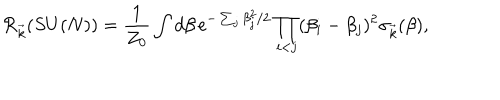
{ \cal R } _ { \vec { k } } ( S U ( N ) ) = { \frac { 1 } { Z _ { 0 } } } \int d \beta \, \mathrm { e } ^ { - \sum _ { j } \beta _ { j } ^ { 2 } / 2 } \prod _ { i < j } ( \beta _ { i } - \beta _ { j } ) ^ { 2 } \sigma _ { \vec { k } } ( \beta ) ,